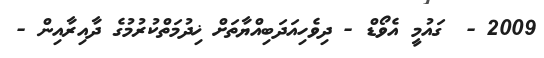
2009 -  ގައުމީ އެވޯޑް - ދިވެހިއަދަބިއްޔާތަށް ޚިދުމަތްކުރުމުގެ ދާއިރާއިން -